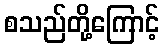
စသည်တို့ကြောင့်